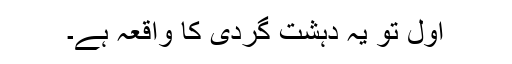
اول تو یہ دہشت گردی کا واقعہ ہے۔